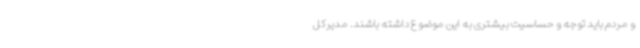
و مردم باید توجه و حساسیت بیشتری به این موضوع داشته باشند. مدیرکل